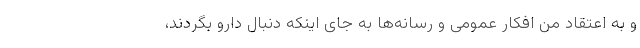
و به اعتقاد من افکار عمومی و رسانه‌ها به جای اینکه دنبال دارو بگردند،